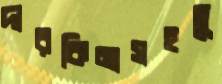
দারকিনাসহতু